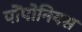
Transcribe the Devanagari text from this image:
पोंपोनियस